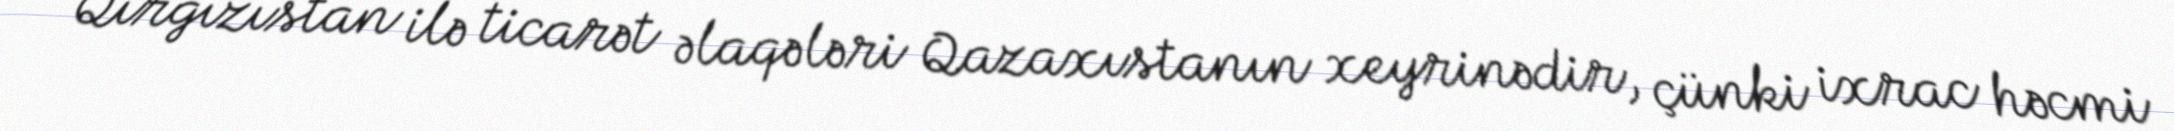
Qırğızıstan ilə ticarət əlaqələri Qazaxıstanın xeyrinədir, çünki ixrac həcmi